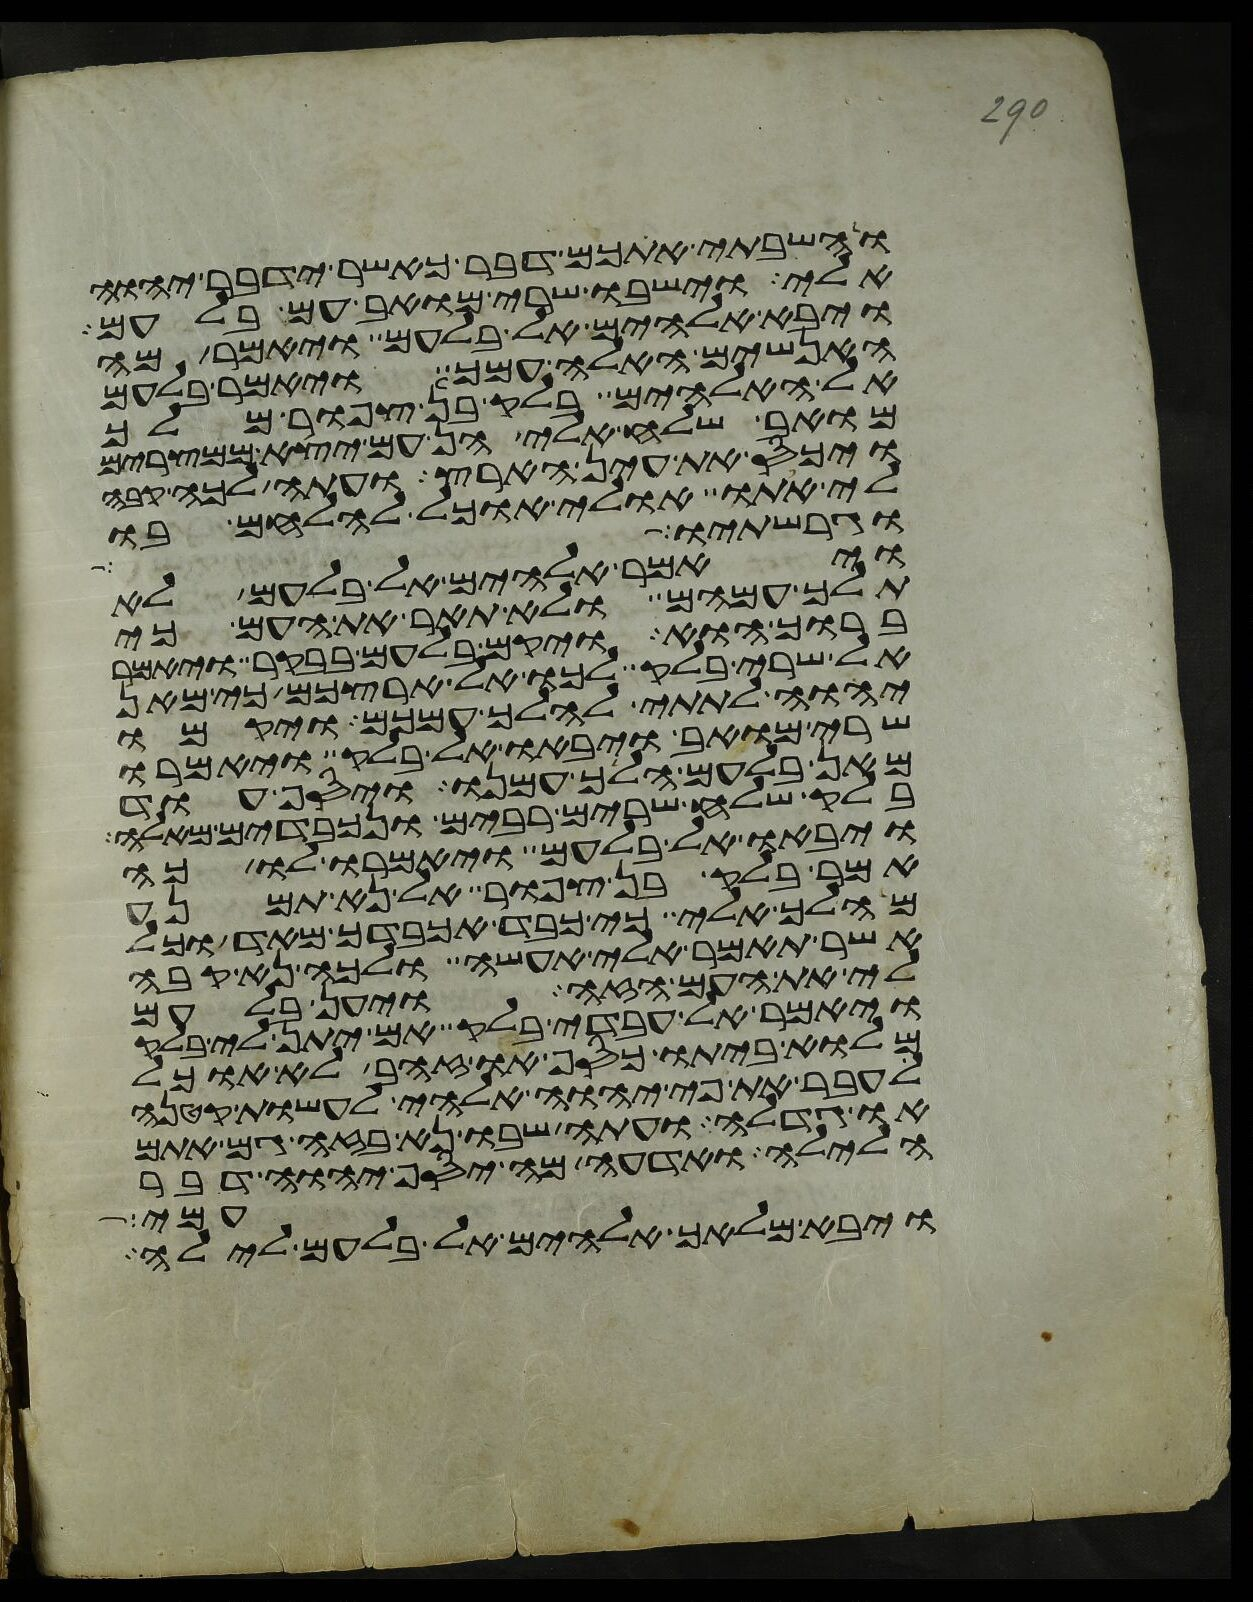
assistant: והשבתי אתכם דבר כאשר ידבר יהוה
אלי וישבו שרי מואב עם בלעם
ויבא אלהים אל בלעם ויאמר מה
האנשים האלה עמך ויאמר בלעם
אל האלהים בלק בן צפור מלך
מואב שלח אלי הן עם יצא ממצרים
ויכס את עין הארץ ועתה לכה קבה
לי אתו אולי אוכל להלחם בו
וגרשתיו
ויאמר אלהים אל בלעם לא
תלך עמהם ולא תאר את העם כי
ברוך הוא ויקם בלעם בבקר ויאמר
אל שרי בלק לכו אל ארצכם כי מאן
יהוה לתתי להלך עמכם ויקמו
שרי מואב ויבאו אל בלק ויאמרו
מאן בלעם הלך עמנו ויסף עוד
בלק שלח שרים רבים ונכבדים מאלה
ויבאו אל בלעם ויאמרו לו כה
אמר בלק בן צפור אל נא תמנע
מהלך אלי כי כבד אכבדך מאד וכל
אשר תאמר אלי אעשה ולכה נא קבה
לי את העם הזה ויען בלעם
ויאמר אל עבדי בלק אם יתן לי בלק
מלוא ביתו כסף או זהב לא אוכל
אעבר את פי יהוה אלהי לעשות קטנה
או גדלה ועתה שבו נא בזה גם אתם
הלילה ואדעה מה יסף יהוה דבר
עמי
ויבא מלאך אלהים אל בלעם לילה